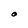
Character: O